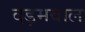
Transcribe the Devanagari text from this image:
दड़मवाल